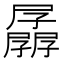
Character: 𰌱